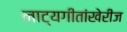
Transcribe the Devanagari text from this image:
नाट्यगीतांखेरीज